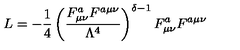
L = - \frac { 1 } { 4 } \left( \frac { F _ { \mu \nu } ^ { a } F ^ { a \mu \nu } } { \Lambda ^ { 4 } } \right) ^ { \delta - 1 } F _ { \mu \nu } ^ { a } F ^ { a \mu \nu }